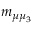
m _ { \mu \mu _ { 3 } }